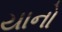
યાનો